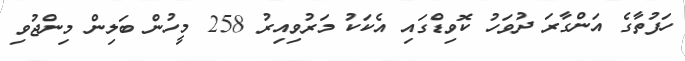
ހަފުތާގެ އަންގާރަ ދުވަހު ކޮވިޑްގައި އެކަކު މަރުވިއިރު 258 މީހުން ބަލިން މިންޖުވި